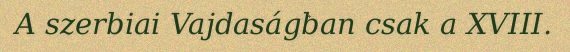
A szerbiai Vajdaságban csak a XVIII.